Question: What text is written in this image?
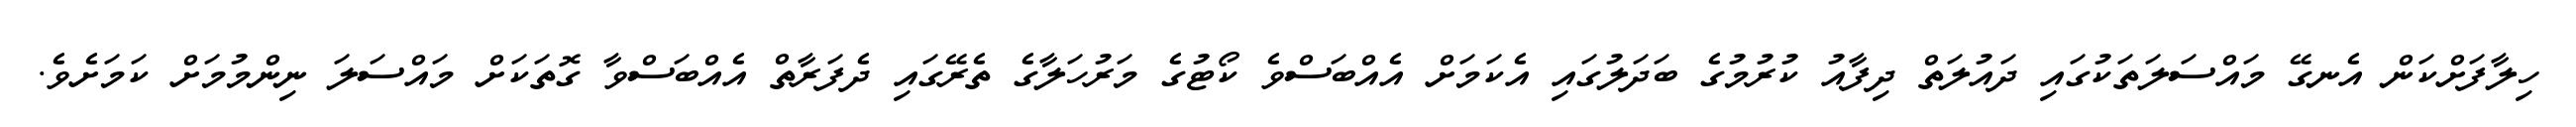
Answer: ހިލާފަށްކަން އެނގޭ މައްސަލަތަކުގައި ދައުލަތް ދިފާއު ކުރުމުގެ ބަދަލުގައި އެކަމަށް އެއްބަސްވެ ކޯޓުގެ މަރުހަލާގެ ތެރޭގައި ދެފަރާތް އެއްބަސްވާ ގޮތަކަށް މައްސަލަ ނިންމުމަށް ކަމަށެވެ.